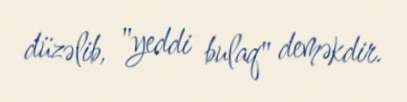
düzəlib, "yeddi bulaq" deməkdir.